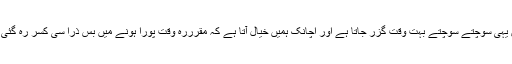
لیکن یہی سوچتے سوچتے بہت وقت گزر جاتا ہے اور اچانک ہمیں خیال آتا ہے کہ مقرررہ وقت پورا ہونے میں بس ذرا سی کسر رہ گئی ہے۔